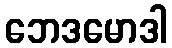
ဘေဒမောဒါ